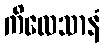
ကိလေသာနံ